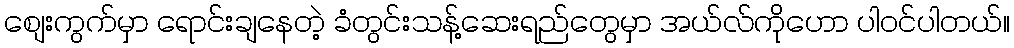
စျေးကွက်မှာ ရောင်းချနေတဲ့ ခံတွင်းသန့်ဆေးရည်တွေမှာ အယ်လ်ကိုဟော ပါဝင်ပါတယ်။